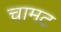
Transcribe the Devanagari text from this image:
चामट